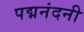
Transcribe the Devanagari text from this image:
पद्मनंदनी